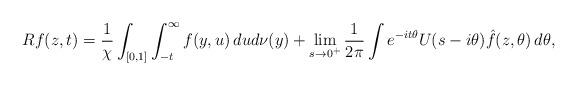
LaTeX: \begin{align*} Rf(z, t) = \frac{1}{\chi} \int_{[0,1]} \int_{-t} ^\infty f(y,u)\,du d\nu(y) + \lim_{s\rightarrow 0^+} \frac{1}{2\pi} \int e^{-it \theta} U(s-i\theta)\hat{f}(z,\theta)\,d\theta,\end{align*}